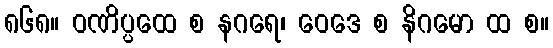
၈၆၈။ ဝဏိပ္ပထေ စ နဂရေ၊ ဝေဒေ စ နိဂမော ထ စ။